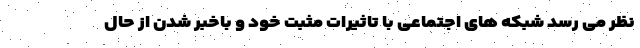
نظر می رسد شبکه های اجتماعی با تاثیرات مثبت خود و باخبر شدن از حال